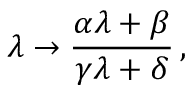
\lambda \to \frac { \alpha \lambda + \beta } { \gamma \lambda + \delta } \, ,